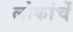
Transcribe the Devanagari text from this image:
लोकांचें